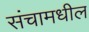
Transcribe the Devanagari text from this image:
संचामधील